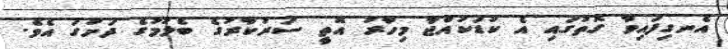
އެނގިފައިވާ ގޮތުގައި އެ ކުޑަކުއްޖާ މިހާރު އޮތީ ސަރުކާރުގެ ބެލުމުގެ ދަށުގަ އެވެ.